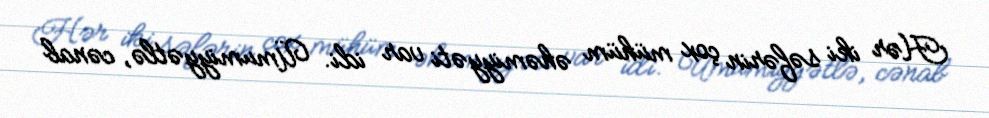
Hər iki səfərin çox mühüm əhəmiyyəti var idi. Ümumiyyətlə, cənab